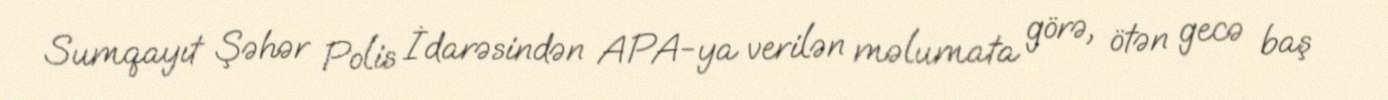
Sumqayıt Şəhər Polis İdarəsindən APA-ya verilən məlumata görə, ötən gecə baş